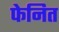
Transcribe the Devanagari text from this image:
फेनित